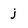
Character: j